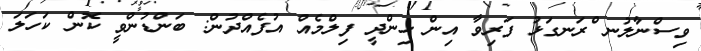
ވިސްނާލުނ ްރަނގަޅު ފަރިވާ އިން ހިންދީ ފިލްމެއް އުފެއްދުން: ބަންޑުންވީ ކޮން ކަހަލަ